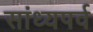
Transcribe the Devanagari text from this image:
सांध्यपर्व